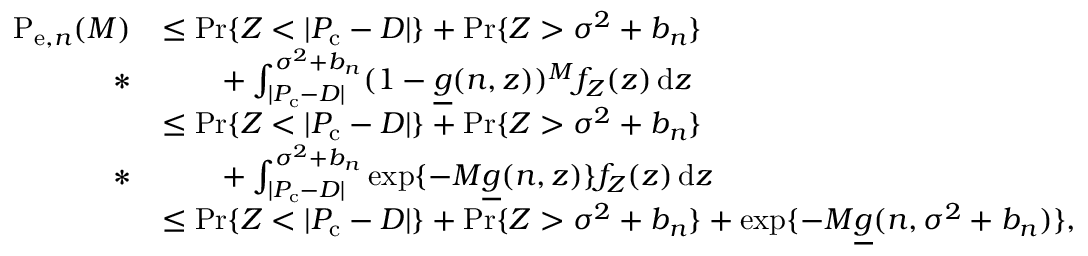
\begin{array} { r l } { \mathrm { P } _ { \mathrm { e } , n } ( M ) } & { \leq \operatorname* { P r } \{ Z < | P _ { \mathrm { c } } - D | \} + \operatorname* { P r } \{ Z > \sigma ^ { 2 } + b _ { n } \} } \\ { * } & { \qquad + \int _ { | P _ { \mathrm { c } } - D | } ^ { \sigma ^ { 2 } + b _ { n } } ( 1 - \underline { { g } } ( n , z ) ) ^ { M } f _ { Z } ( z ) \, \mathrm { d } z } \\ & { \leq \operatorname* { P r } \{ Z < | P _ { \mathrm { c } } - D | \} + \operatorname* { P r } \{ Z > \sigma ^ { 2 } + b _ { n } \} } \\ { * } & { \qquad + \int _ { | P _ { \mathrm { c } } - D | } ^ { \sigma ^ { 2 } + b _ { n } } \exp \{ - M \underline { { g } } ( n , z ) \} f _ { Z } ( z ) \, \mathrm { d } z } \\ & { \leq \operatorname* { P r } \{ Z < | P _ { \mathrm { c } } - D | \} + \operatorname* { P r } \{ Z > \sigma ^ { 2 } + b _ { n } \} + \exp \{ - M \underline { { g } } ( n , \sigma ^ { 2 } + b _ { n } ) \} , } \end{array}